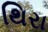
થિરા